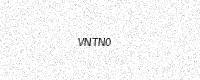
Text: VNTN0